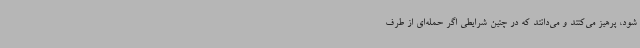
شود، پرهیز می‌کنند و می‌دانند که در چنین شرایطی اگر حمله‌ای از طرف